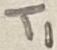
Text: T1